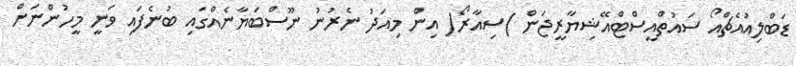
ޑަބްލިއުއެޗްއޯ ސައުތްއީސްޓްއޭޝިޔާރީޖަން )ސިއާރޯ( އިން މިއަދު ނެރުނު ނޫސްބަޔާނެއްގައި ބުނެފައި ވަނީ މީހުންނަށް